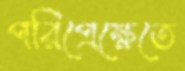
পরিপ্রেক্ষেতে